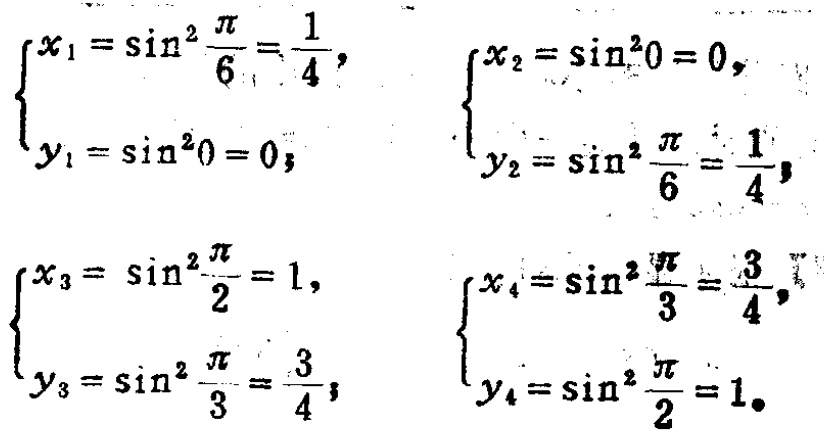
\[\begin{cases}

x_1 = \sin^{2}\frac{\pi}{6}=\frac{1}{4},\\

y_1 = \sin^{2}0 = 0;

\end{cases}

\begin{cases}

x_2 = \sin^{2}0 = 0,\\

y_2 = \sin^{2}\frac{\pi}{6}=\frac{1}{4};

\end{cases}

\begin{cases}

x_3 = \sin^{2}\frac{\pi}{2}=1,\\

y_3 = \sin^{2}\frac{\pi}{3}=\frac{3}{4};

\end{cases}

\begin{cases}

x_4 = \sin^{2}\frac{\pi}{3}=\frac{3}{4},\\

y_4 = \sin^{2}\frac{\pi}{2}=1.

\end{cases}\]